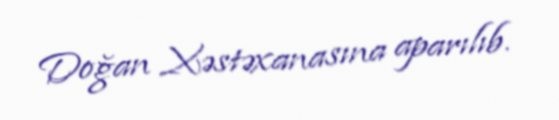
Doğan Xəstəxanasına aparılıb.